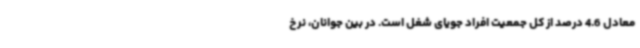
معادل 4.6 درصد از کل جمعیت افراد جویای شغل است. در بین جوانان، نرخ